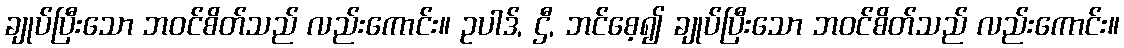
ချုပ်ပြီးသော ဘဝင်စိတ်သည် လည်းကောင်း။ ဥပါဒ်, ဌီ, ဘင်စေ့၍ ချုပ်ပြီးသော ဘဝင်စိတ်သည် လည်းကောင်း။